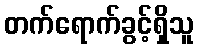
တက်ရောက်ခွင့်ရှိသူ